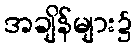
အချိန်များ၌